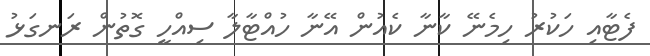
ފެޓާއި ހަކުރު ހިމެނޭ ކާނާ ކެއުން އޭނާ ހުއްޓާލާ ސިއްހީ ގޮތުން ރަނގަޅު